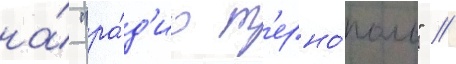
на́ "ра́д'ио т'ерно́поль" //